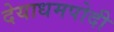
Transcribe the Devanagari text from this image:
देयाधमपोदी